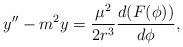
\begin{align*}y''-m^2 y={\mu ^2 \over {2 r^3}}{d(F(\phi)) \over {d\phi}},\end{align*}